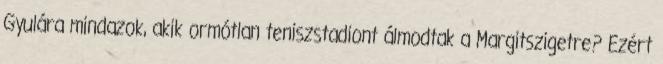
Gyulára mindazok, akik ormótlan teniszstadiont álmodtak a Margitszigetre? Ezért